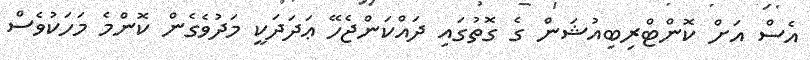
އެސް އަށް ކޮންޓްރިބިއުޝަން ގެ ގޮތުގައި ދައްކަންޖެހޭ ޢަދަދަކީ މަދުވެގެން ކޮންމެ މަހަކުވެސް